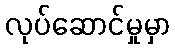
လုပ်ဆောင်မှုမှာ